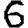
Digit: 6